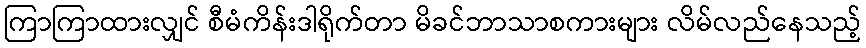
ကြာကြာထားလျှင် စီမံကိန်းဒါရိုက်တာ မိခင်ဘာသာစကားများ လိမ်လည်နေသည့်